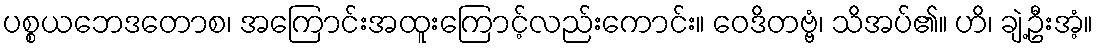
ပစ္စယဘေဒတောစ၊ အကြောင်းအထူးကြောင့်လည်းကောင်း။ ဝေဒိတဗ္ဗံ၊ သိအပ်၏။ ဟိ၊ ချဲ့ဦးအံ့။